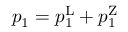
p _ { 1 } = p _ { 1 } ^ { \mathrm { L } } + p _ { 1 } ^ { \mathrm { Z } }